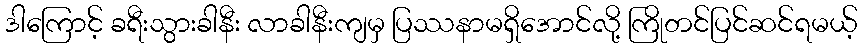
ဒါကြောင့် ခရီးသွားခါနီး လာခါနီးကျမှ ပြဿနာမရှိအောင်လို့ ကြိုတင်ပြင်ဆင်ရမယ့်